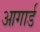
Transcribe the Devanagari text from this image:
आगार्ड